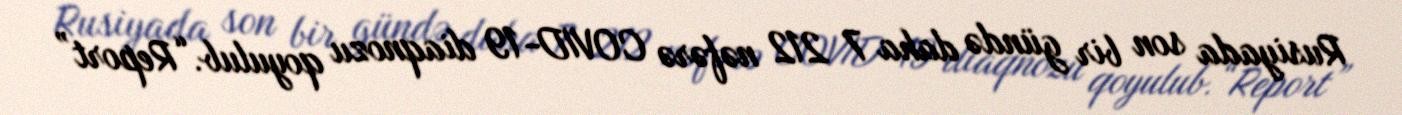
Rusiyada son bir gündə daha 7 212 nəfərə COVID-19 diaqnozu qoyulub.“Report”